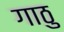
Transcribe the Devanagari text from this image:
गाठु